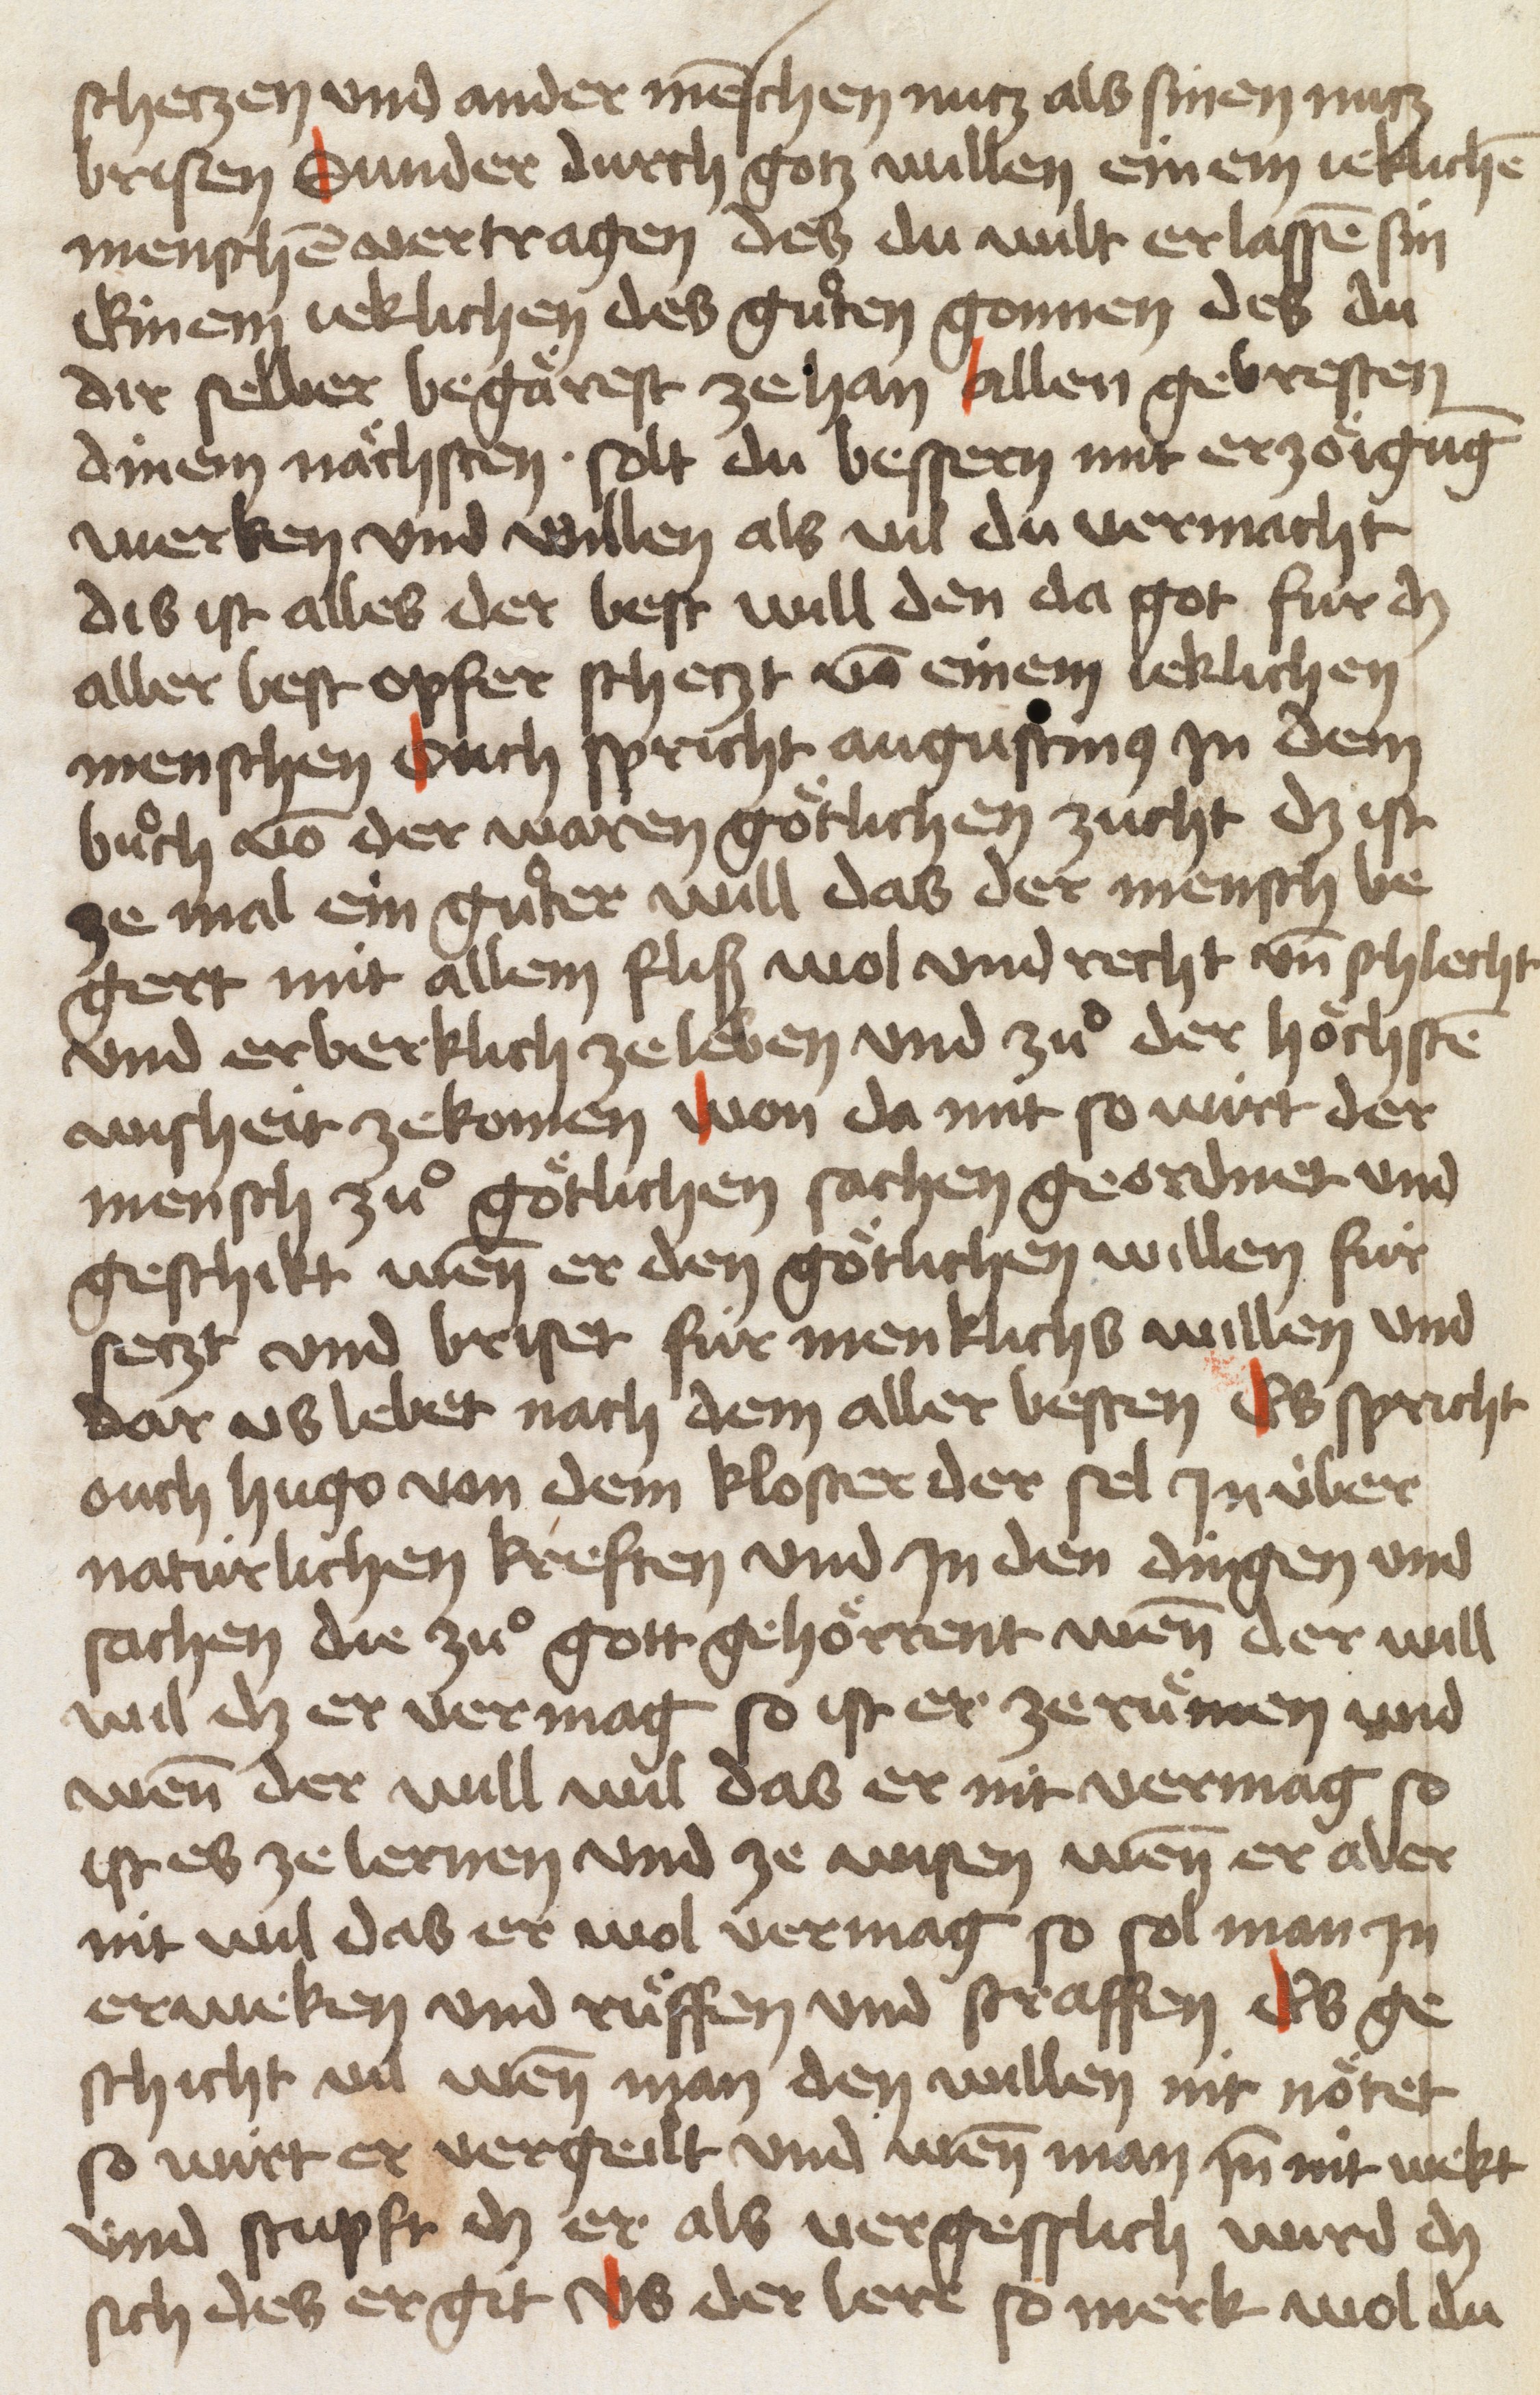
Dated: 1454–1454